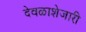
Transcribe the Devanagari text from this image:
देवळाशेजारी